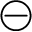
\circleddash